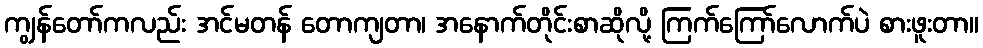
ကျွန်တော်ကလည်း အင်မတန် တောကျတာ၊ အနောက်တိုင်းစာဆိုလို့ ကြက်ကြော်လောက်ပဲ စားဖူးတာ။